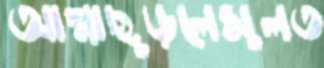
আল্গাছুড়লেসুলত